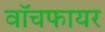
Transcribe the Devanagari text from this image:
वॉचफायर